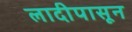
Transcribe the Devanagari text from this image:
लादीपासून